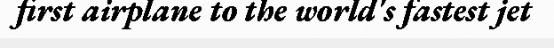
first airplane to the world's fastest jet